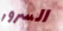
السرور